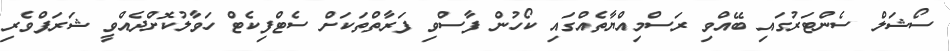
ސޯޝަލް ސެންޓަރުގައި ބޭއްވި ރަސްމިއްޔާތެއްގައި ކޯހުން ފާސްވި ފަރާތްތަކަށް ސެޓްފިކެޓް ހަވާލުކޮށްދެއްވީ ޝަރަފްވެރި